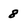
Character: 8